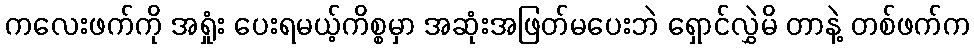
ကလေးဖက်ကို အရှုံး ပေးရမယ့်ကိစ္စမှာ အဆုံးအဖြတ်မပေးဘဲ ရှောင်လွှဲမိ တာနဲ့ တစ်ဖက်က